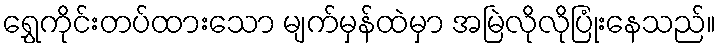
ရွှေကိုင်းတပ်ထားသော မျက်မှန်ထဲမှာ အမြဲလိုလိုပြုံးနေသည်။